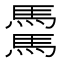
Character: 𩥋